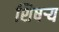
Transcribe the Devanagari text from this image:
शिषऱ्य